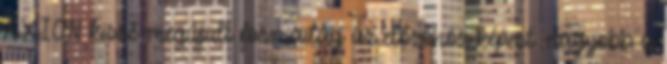
AXION kissé megújult formailag az előzőhöz képest: nagyobb a